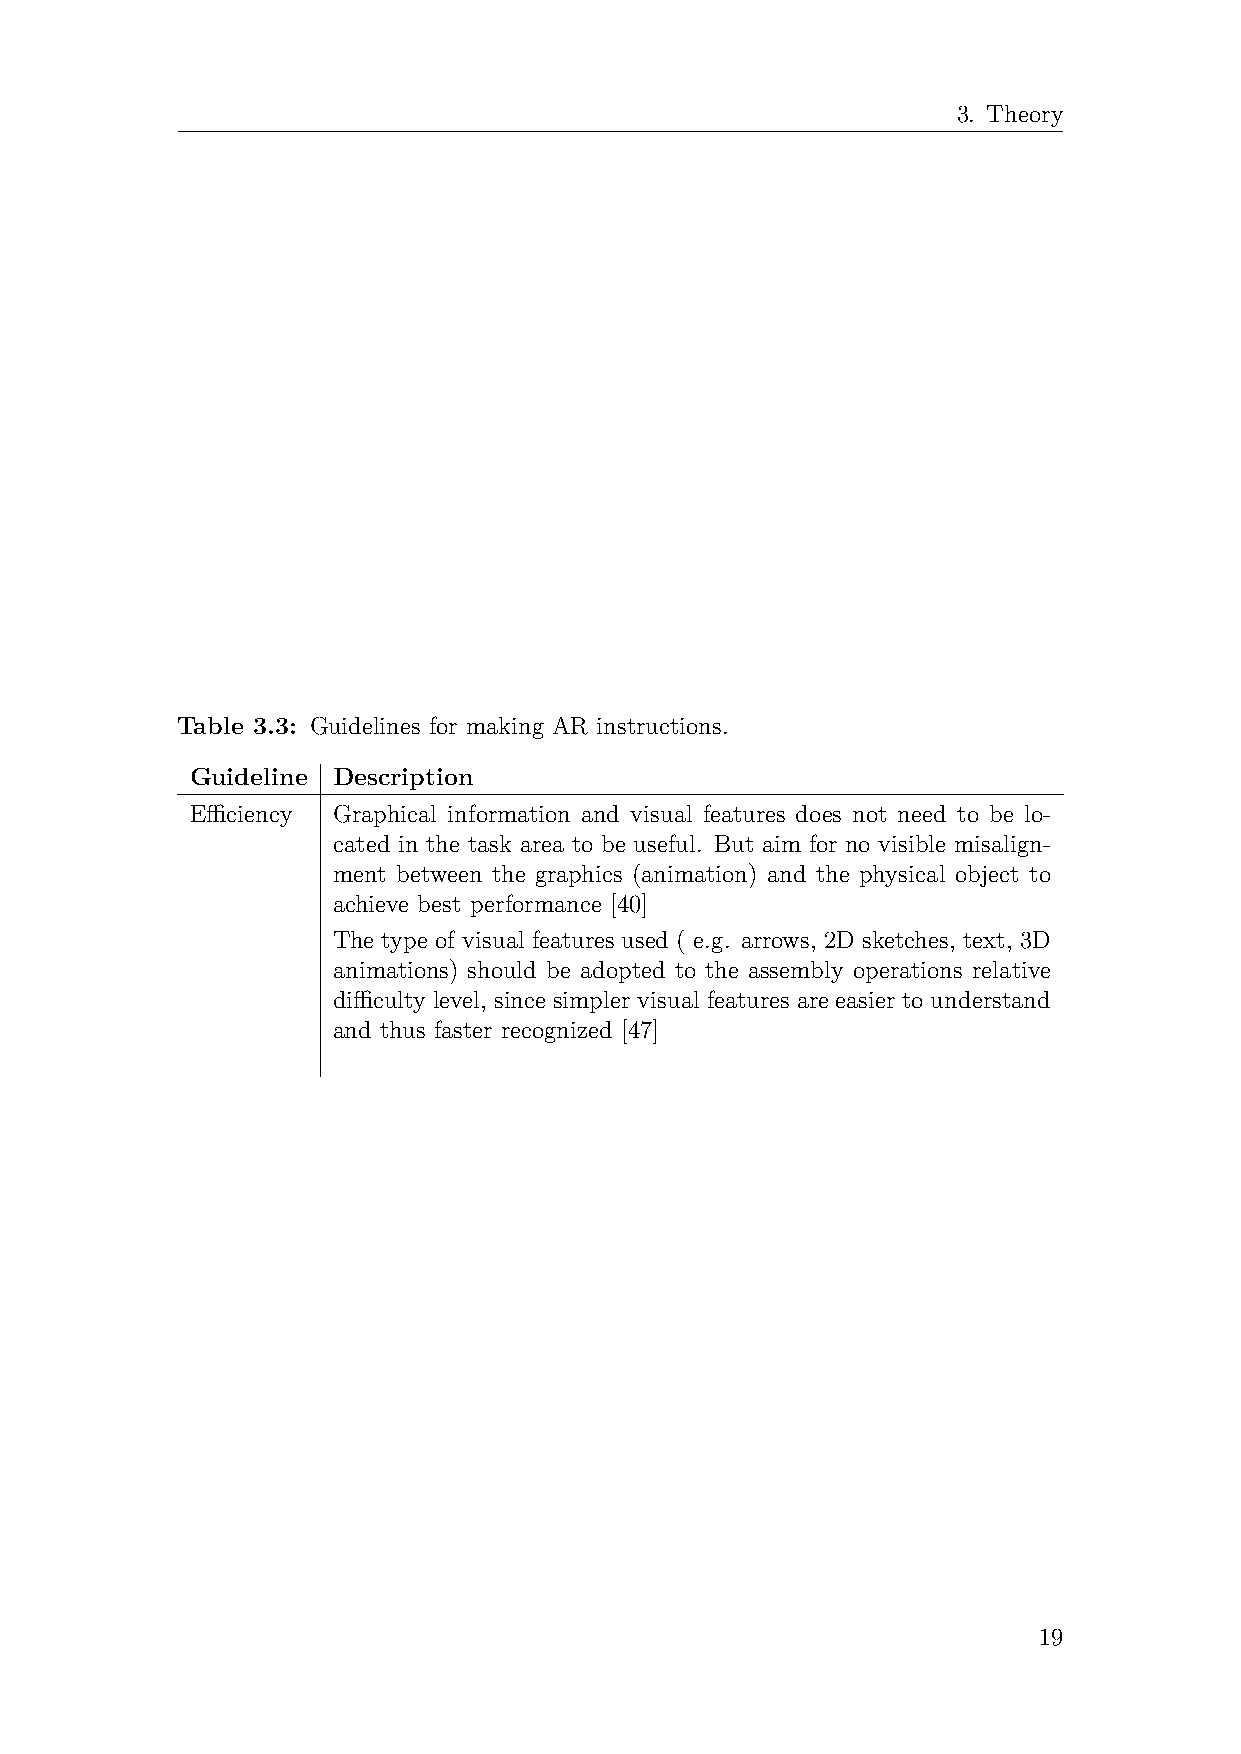
3. Theory
 Table 3.3: Guidelines for making AR instructions.
 Guideline Description
 Efficiency Graphical information and visual features does not need to be lo-
 cated in the task area to be useful. But aim for no visible misalign-
 ment between the graphics (animation) and the physical object to
 achieve best performance [40]
 The type of visual features used ( e.g. arrows, 2D sketches, text, 3D
 animations) should be adopted to the assembly operations relative
 difficulty level, since simpler visual features are easier to understand
 and thus faster recognized [47]
 19